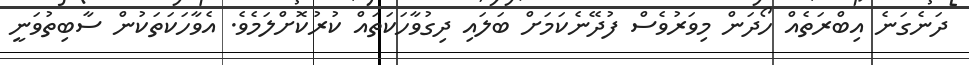
ދަނެގަނެ އިބްރަތެއް ހޯދަން މިވަރުވެސް ފުދޭނެކަމަށް ބަލައި ދިގުވާހަކަތައް ކުރުކޮށްލަމެވެ. އެވާހަކަތަކުން ސާބިތުވަނީ